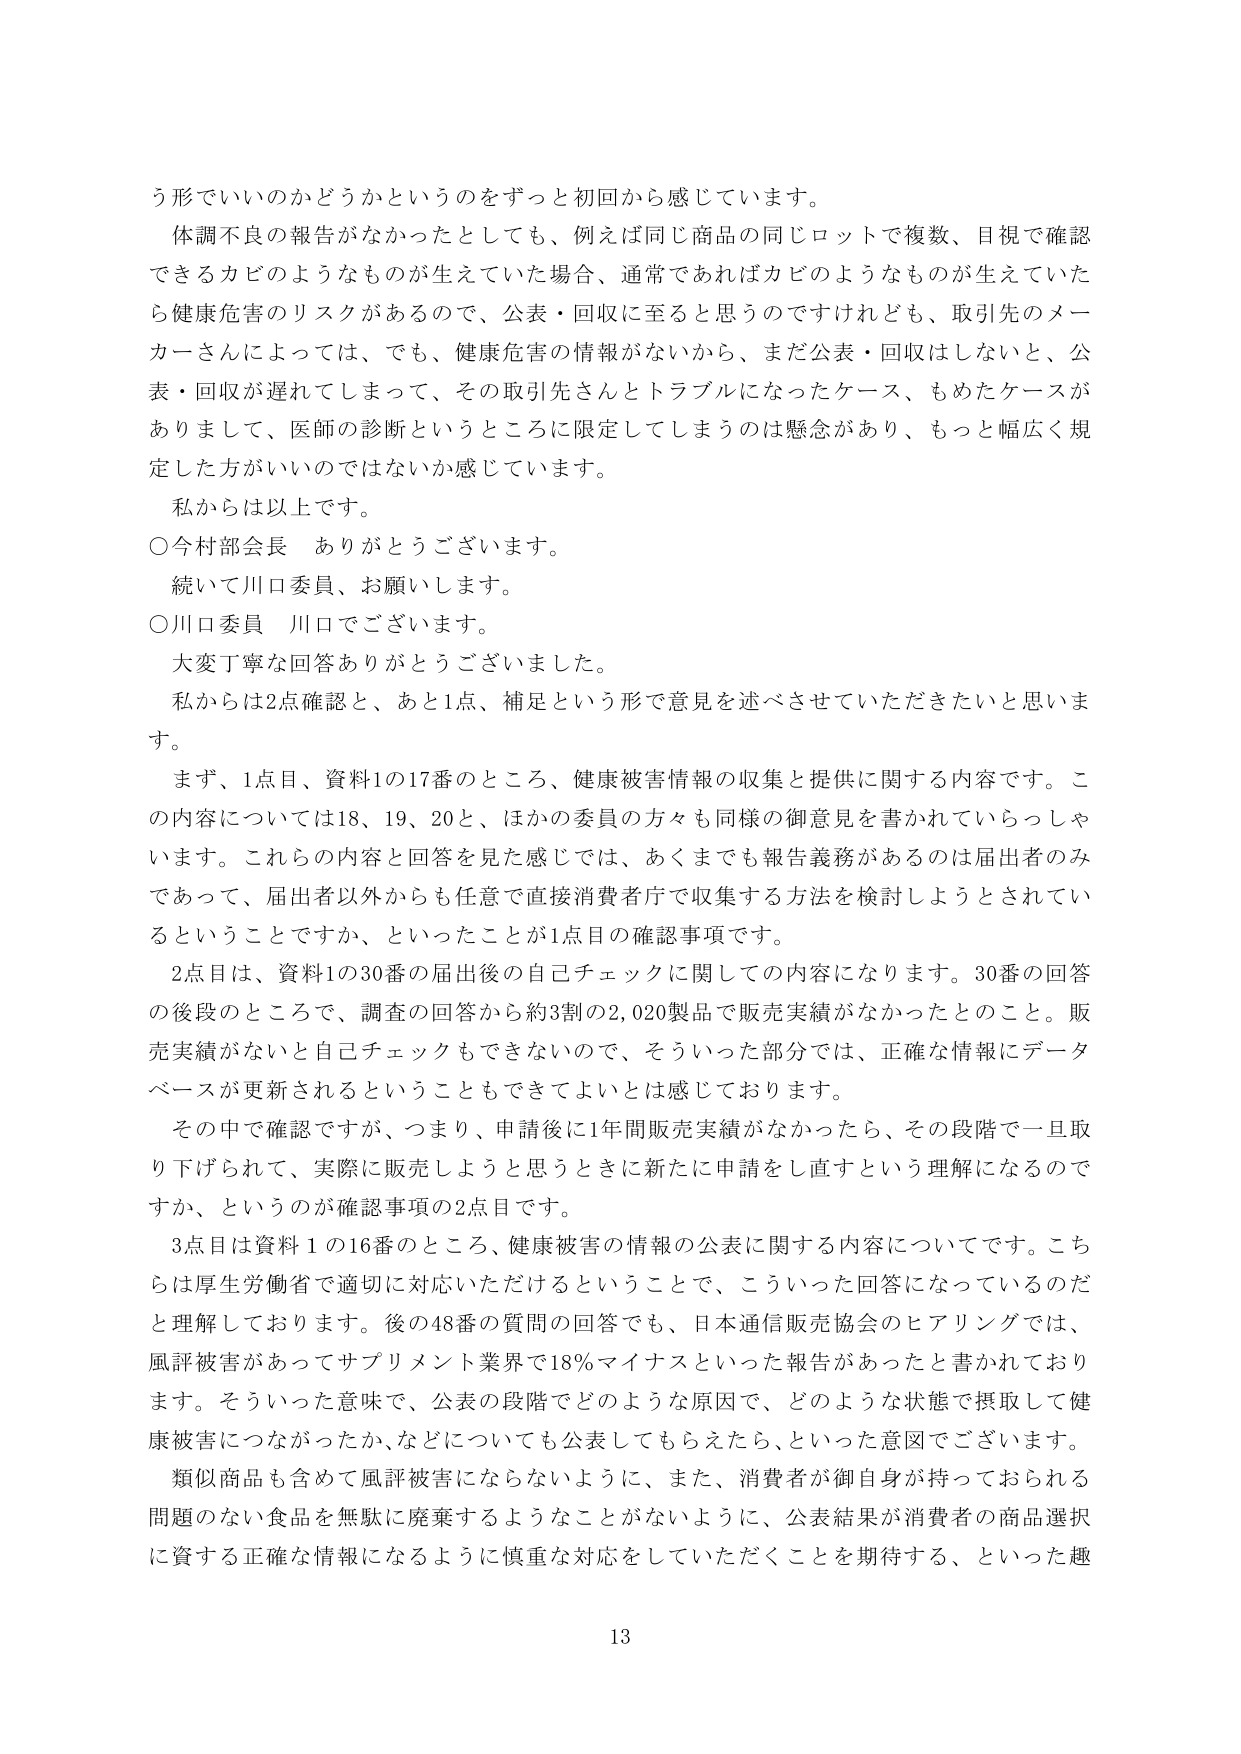
う形でいいのかどうかというのをずっと初回から感じています。

体調不良の報告がなかったとしても、例えば同じ商品の同じロットで複数、目視で確認できるカビのようなものが生えていた場合、通常であればカビのようなものが生えていたら健康危害のリスクがあるので、公表・回収に至ると思うのですけれども、取引先のメーカーさんによっては、でも、健康危害の情報がないから、まだ公表・回収はしないと、公表・回収が遅れてしまって、その取引先さんとトラブルになったケース、もめたケースがありまして、医師の診断というところに限定してしまうのは懸念があり、もっと幅広く規定した方がいいのではないか感じています。

私からは以上です。

○今村部会長　ありがとうございます。

続いて川口委員、お願いします。

○川口委員　川口でございます。

大変丁寧な回答ありがとうございました。

私からは2点確認と、あと1点、補足という形で意見を述べさせていただきたいと思います。

まず、1点目、資料1の17番のところ、健康被害情報の収集と提供に関する内容です。この内容については18、19、20と、ほかの委員の方々も同様の御意見を書かれていらっしゃいます。これらの内容と回答を見た感じでは、あくまでも報告義務があるのは届出者のみであって、届出者以外からも任意で直接消費者庁で収集する方法を検討しようとされているということですか、といったことが1点目の確認事項です。

2点目は、資料1の30番の届出後の自己チェックに関しての内容になります。30番の回答の後段のところで、調査の回答から約3割の2,020製品で販売実績がなかったとのこと。販売実績がないと自己チェックもできないので、そういった部分では、正確な情報にデータベースが更新されるということもできてよいとは感じております。

その中で確認ですが、つまり、申請後に1年間販売実績がなかったら、その段階で一旦取り下げられて、実際に販売しようと思うときに新たに申請をし直すという理解になるのですか、というのが確認事項の2点目です。

3点目は資料1の16番のところ、健康被害の情報の公表に関する内容についてです。こちらは厚生労働省で適切に対応いただけるということで、こういった回答になっているのだ理解しております。後の48番の質問の回答でも、日本通信販売協会のヒアリングでは、風評被害があってサプリメント業界で18％マイナスといった報告があったと書かれております。そういった意味で、公表の段階でどのような原因で、どのような状態で摂取して健康被害につながったか、などについても公表してもらえたら、といった意図でございます。

類似商品も含めて風評被害にならないように、また、消費者が御自身が持っておられる問題のない食品を無駄に廃棄するようなことがないように、公表結果が消費者の商品選択に資する正確な情報になるように慎重な対応をしていただくことを期待する、といった趣

13